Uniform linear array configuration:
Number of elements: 32
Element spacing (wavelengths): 0.75
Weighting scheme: cosine
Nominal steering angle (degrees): -15
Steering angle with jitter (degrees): -14.697
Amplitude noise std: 0.05
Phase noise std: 0.05

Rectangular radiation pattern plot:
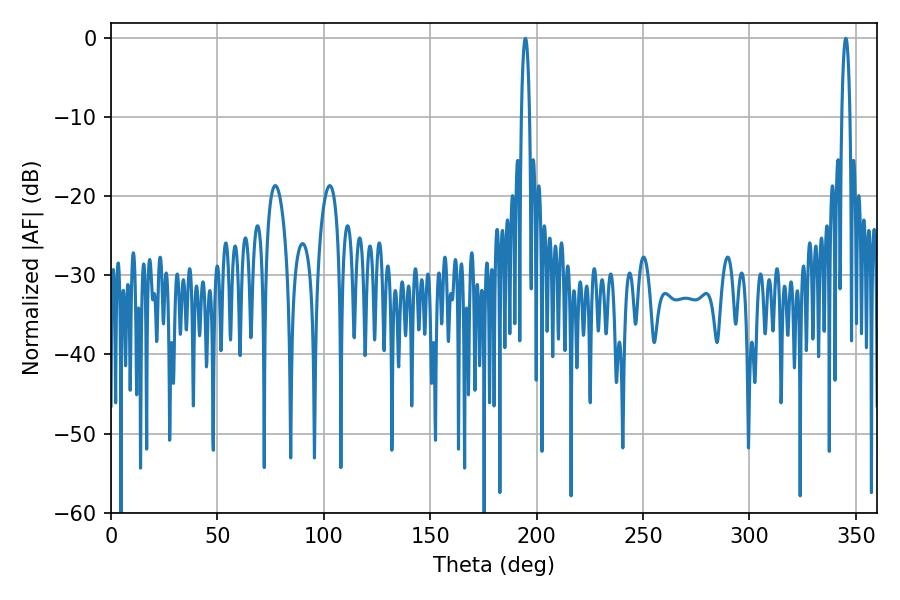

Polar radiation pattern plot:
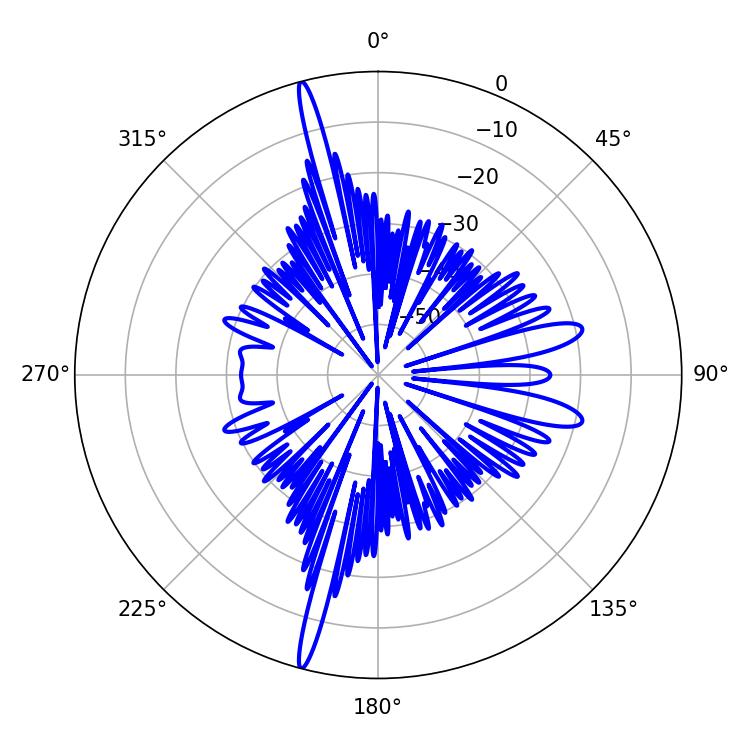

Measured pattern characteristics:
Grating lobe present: TRUE
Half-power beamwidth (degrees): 2.16
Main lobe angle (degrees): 345.24